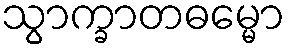
သွာက္ခာတဓမ္မော